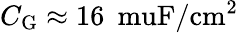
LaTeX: C_{\mathrm{G}}\approx 16\: \mathrm{\ muF/cm^{2}}